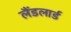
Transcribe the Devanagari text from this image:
लैंडलार्ड